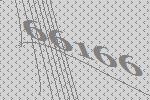
66166